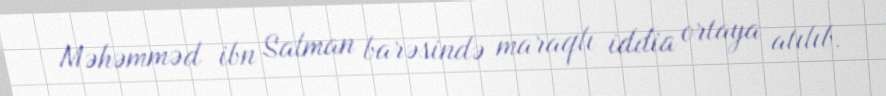
Məhəmməd ibn Salman barəsində maraqlı iddia ortaya atılıb.